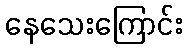
နေသေးကြောင်း